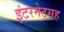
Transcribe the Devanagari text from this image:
इंटरनेटसह